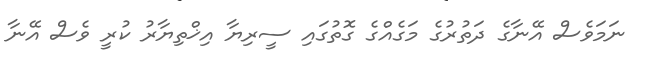
ނަމަވެސް އޭނާގެ ދަތުރުގެ މަގެއްގެ ގޮތުގައި ސީރިޔާ އިޚްތިޔާރު ކުރީ ވެސް އޭނާ